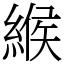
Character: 緱